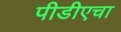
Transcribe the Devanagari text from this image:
पीडीएचा